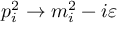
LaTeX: p _ { i } ^ { 2 } \rightarrow m _ { i } ^ { 2 } - i \varepsilon